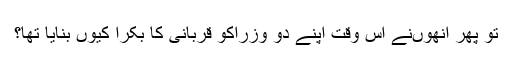
تو پھر اُنھوںنے اُس وقت اپنے دو وزراکو قربانی کا بکرا کیوں بنایا تھا؟